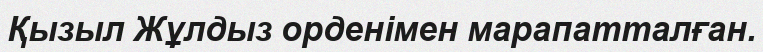
Қызыл Жұлдыз орденімен марапатталған.